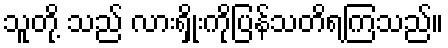
သူတို့ သည် လားရှိုးကိုပြန်သတိရကြသည်။